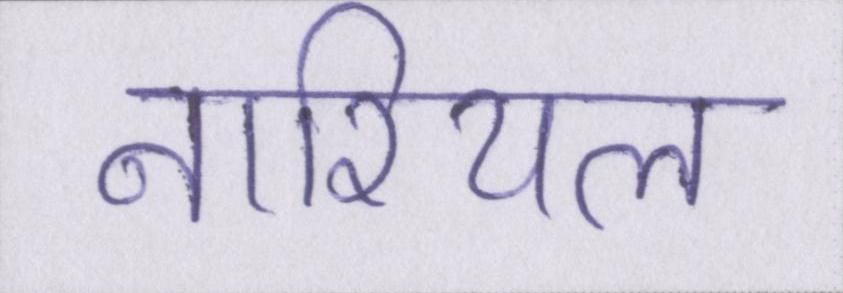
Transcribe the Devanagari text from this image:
नारियल